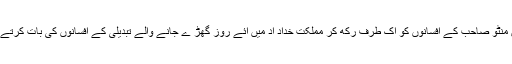
چلیں منٹو صاحب کے افسانوں کو اک طرف رکھ کر مملکت خداد اد میں آئے روز گھڑ ے جانے والے تبدیلی کے افسانوں کی بات کرتے ہیں۔